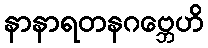
နာနာရတနဂဗ္ဘေဟိ